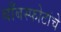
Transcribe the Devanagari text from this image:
बाँबस्फोटांचे